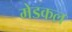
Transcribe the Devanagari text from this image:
मेडकल